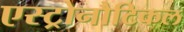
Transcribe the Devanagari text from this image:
एस्ट्रोनौटिकल